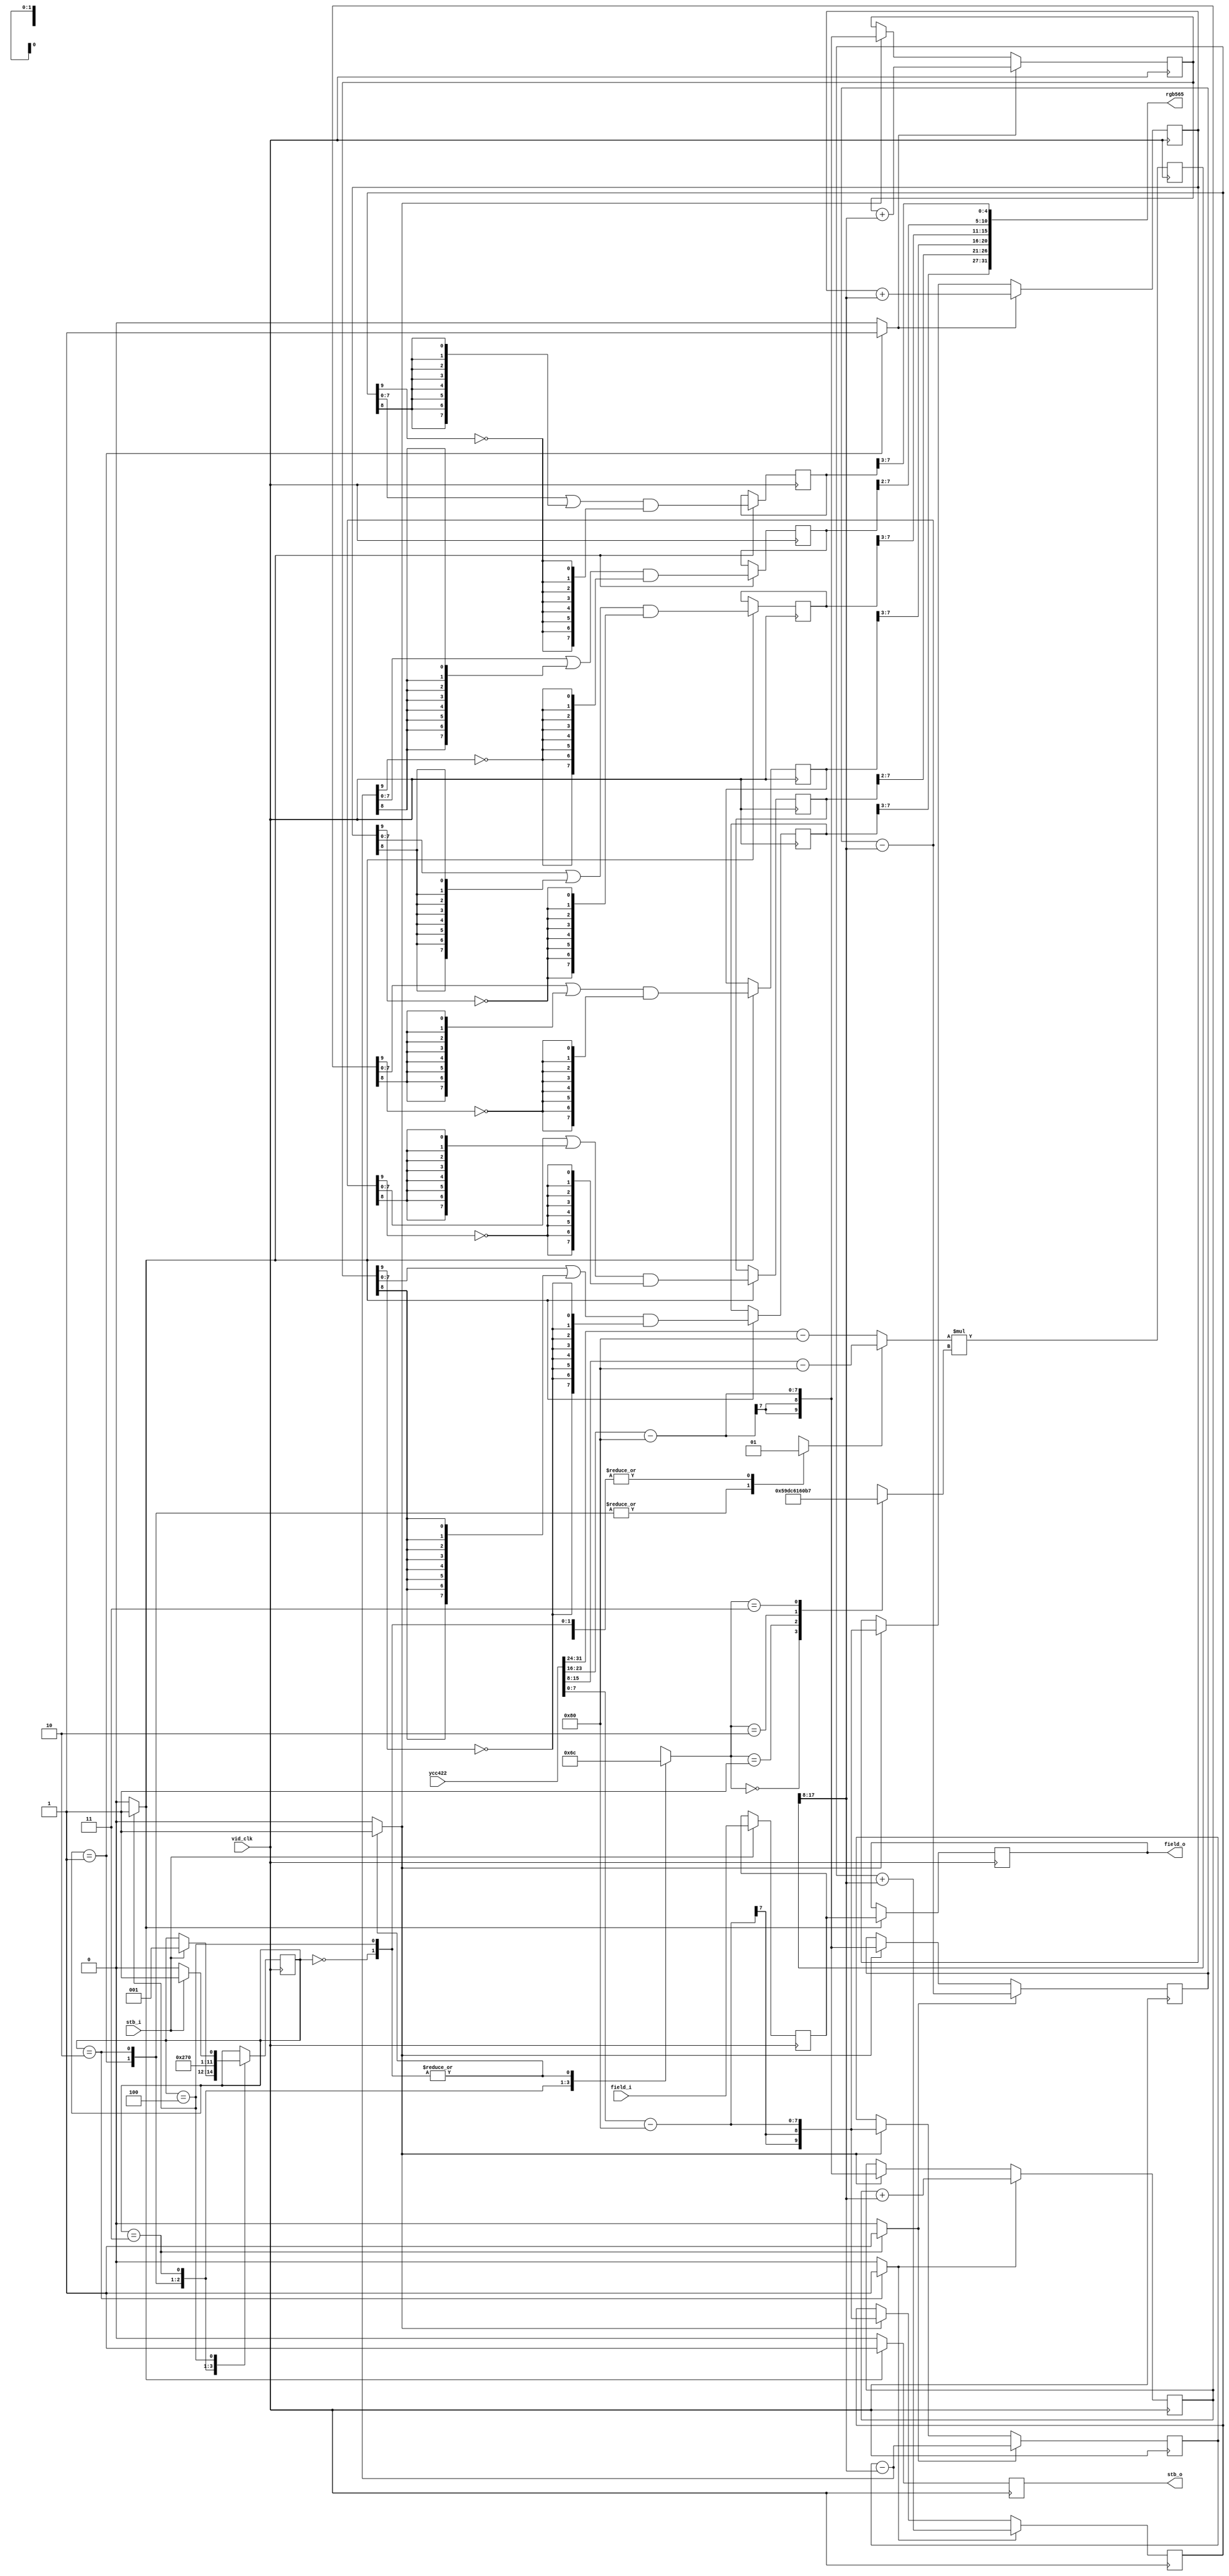
module bt656cap_colorspace(
	input vid_clk,

	input stb_i,
	input field_i,
	input [31:0] ycc422,

	output reg stb_o,
	output reg field_o,
	output [31:0] rgb565
);

/* Datapath */
wire signed [7:0] cb = ycc422[31:24] - 8'd128;
wire signed [7:0] y0 = ycc422[23:16] - 8'd128;
wire signed [7:0] cr = ycc422[15: 8] - 8'd128;
wire signed [7:0] y1 = ycc422[ 7: 0] - 8'd128;

reg mult_sela;
reg [1:0] mult_selb;

wire signed [7:0] mult_opa = mult_sela ? cr : cb;
reg signed [9:0] mult_opb;
always @(*) begin
	case(mult_selb)
		2'd0: mult_opb = 10'd359; // 1.402
		2'd1: mult_opb = 10'd454; // 1.772
		2'd2: mult_opb = 10'd88;  // 0.344
		2'd3: mult_opb = 10'd183; // 0.714
	endcase
end

reg signed [17:0] mult_result;
wire signed [9:0] mult_result_t = mult_result[17:8];
always @(posedge vid_clk) mult_result <= mult_opa*mult_opb;

reg signed [9:0] int_r0;
reg signed [9:0] int_g0;
reg signed [9:0] int_b0;
reg signed [9:0] int_r1;
reg signed [9:0] int_g1;
reg signed [9:0] int_b1;

reg load_y;
reg add_r;
reg sub_g;
reg add_b;
always @(posedge vid_clk) begin
	if(load_y) begin
		int_r0 <= y0;
		int_g0 <= y0;
		int_b0 <= y0;
		int_r1 <= y1;
		int_g1 <= y1;
		int_b1 <= y1;
	end
	if(add_r) begin
		int_r0 <= int_r0 + mult_result_t;
		int_r1 <= int_r1 + mult_result_t;
	end
	if(sub_g) begin
		int_g0 <= int_g0 - mult_result_t;
		int_g1 <= int_g1 - mult_result_t;
	end
	if(add_b) begin
		int_b0 <= int_b0 + mult_result_t;
		int_b1 <= int_b1 + mult_result_t;
	end
end

/* Output generator */
reg fsm_stb;
reg fsm_field;
wire signed [9:0] fsm_r0 = int_r0;
wire signed [9:0] fsm_g0 = int_g0 - mult_result_t;
wire signed [9:0] fsm_b0 = int_b0;
wire signed [9:0] fsm_r1 = int_r1;
wire signed [9:0] fsm_g1 = int_g1 - mult_result_t;
wire signed [9:0] fsm_b1 = int_b1;
reg [7:0] out_r0;
reg [7:0] out_g0;
reg [7:0] out_b0;
reg [7:0] out_r1;
reg [7:0] out_g1;
reg [7:0] out_b1;
always @(posedge vid_clk) begin
	stb_o <= 1'b0;
	if(fsm_stb) begin
		stb_o <= 1'b1;
		field_o <= fsm_field;
		out_r0 <= (fsm_r0[7:0] | {8{fsm_r0[8]}}) & {8{~fsm_r0[9]}};
		out_g0 <= (fsm_g0[7:0] | {8{fsm_g0[8]}}) & {8{~fsm_g0[9]}};
		out_b0 <= (fsm_b0[7:0] | {8{fsm_b0[8]}}) & {8{~fsm_b0[9]}};
		out_r1 <= (fsm_r1[7:0] | {8{fsm_r1[8]}}) & {8{~fsm_r1[9]}};
		out_g1 <= (fsm_g1[7:0] | {8{fsm_g1[8]}}) & {8{~fsm_g1[9]}};
		out_b1 <= (fsm_b1[7:0] | {8{fsm_b1[8]}}) & {8{~fsm_b1[9]}};
	end
end

assign rgb565 = {out_r0[7:3], out_g0[7:2], out_b0[7:3],
	out_r1[7:3], out_g1[7:2], out_b1[7:3]};

/* Forward field */
always @(posedge vid_clk) begin
	if(stb_i)
		fsm_field <= field_i;
end

/* Controller */
reg [2:0] state;
reg [2:0] next_state;

parameter S1 = 3'd0;
parameter S2 = 3'd1;
parameter S3 = 3'd2;
parameter S4 = 3'd3;
parameter S5 = 3'd4;

initial state = S1;
always @(posedge vid_clk) begin
	state <= next_state;
	//$display("state: %d->%d (%d)", state, next_state, stb_i);
end

always @(*) begin
	mult_sela = 1'bx;
	mult_selb = 2'bx;
	
	load_y = 1'b0;
	add_r = 1'b0;
	sub_g = 1'b0;
	add_b = 1'b0;

	fsm_stb = 1'b0;

	next_state = state;

	case(state)
		S1: begin
			load_y = 1'b1;
			mult_sela = 1'b1; // 1.402*Cr
			mult_selb = 2'd0;
			if(stb_i)
				next_state = S2;
		end
		S2: begin
			add_r = 1'b1;
			mult_sela = 1'b0; // 1.772*Cb
			mult_selb = 2'd1;
			next_state = S3;
		end
		S3: begin
			add_b = 1'b1;
			mult_sela = 1'b0; // 0.344*Cb
			mult_selb = 2'd2;
			next_state = S4;
		end
		S4: begin
			sub_g = 1'b1;
			mult_sela = 1'b1; // 0.714*Cr
			mult_selb = 2'd3;
			next_state = S5;
		end
		S5: begin
			fsm_stb = 1'b1;
			load_y = 1'b1;
			mult_sela = 1'b1; // 1.402*Cr
			mult_selb = 2'd0;
			if(stb_i)
				next_state = S2;
			else
				next_state = S1;
		end
	endcase
end

endmodule